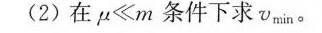
(2)在$$μ ≪ m$$条件下求v_{min}。